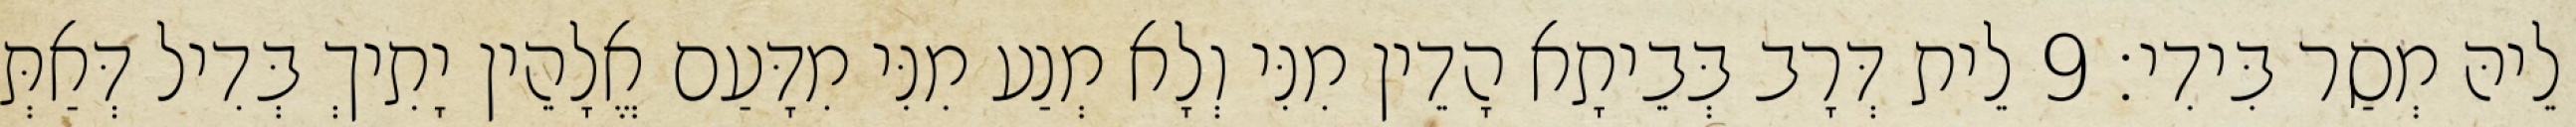
לֵיהּ מְסַר בִּידִי׃ 9 לֵית דְּרָב בְּבֵיתָא הָדֵין מִנִּי וְלָא מְנַע מִנִּי מִדָּעַם אֱלָהֵין יָתִיךְ בְּדִיל דְּאַתְּ